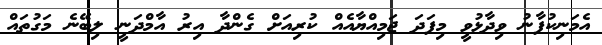
އެމަނިކުފާނު ވިދާޅުވީ މިފަދަ ޖަމިއްޔާއެއް ކުރިއަށް ގެންދާ އިރު އާމްދަނީ ލިބޭނެ މަގުތައް